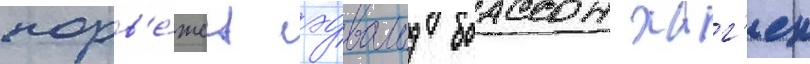
норв'е́жец эдвальд боассон хаг'ен